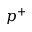
p ^ { + }